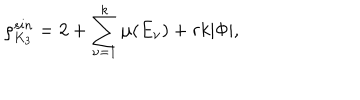
\rho _ { K _ { 3 } } ^ { s i n } = 2 + \sum _ { \nu = 1 } ^ { k } \mu ( E _ { \nu } ) + r k | \Phi | ,